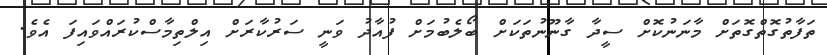
ތަފާތުގޮތްގޮތަށް މާނަނުކޮށް ސީދާ ގާނޫނުތަކަށް ބޯލެބުމަށް ފުއާދު ވަނީ ސަރުކާރަށް އިލްތިމާސްކުރައްވައިފަ އެވެ.